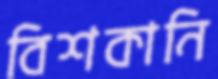
বিশকানি